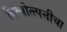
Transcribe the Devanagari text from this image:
विश्वोत्त्पत्तीचा